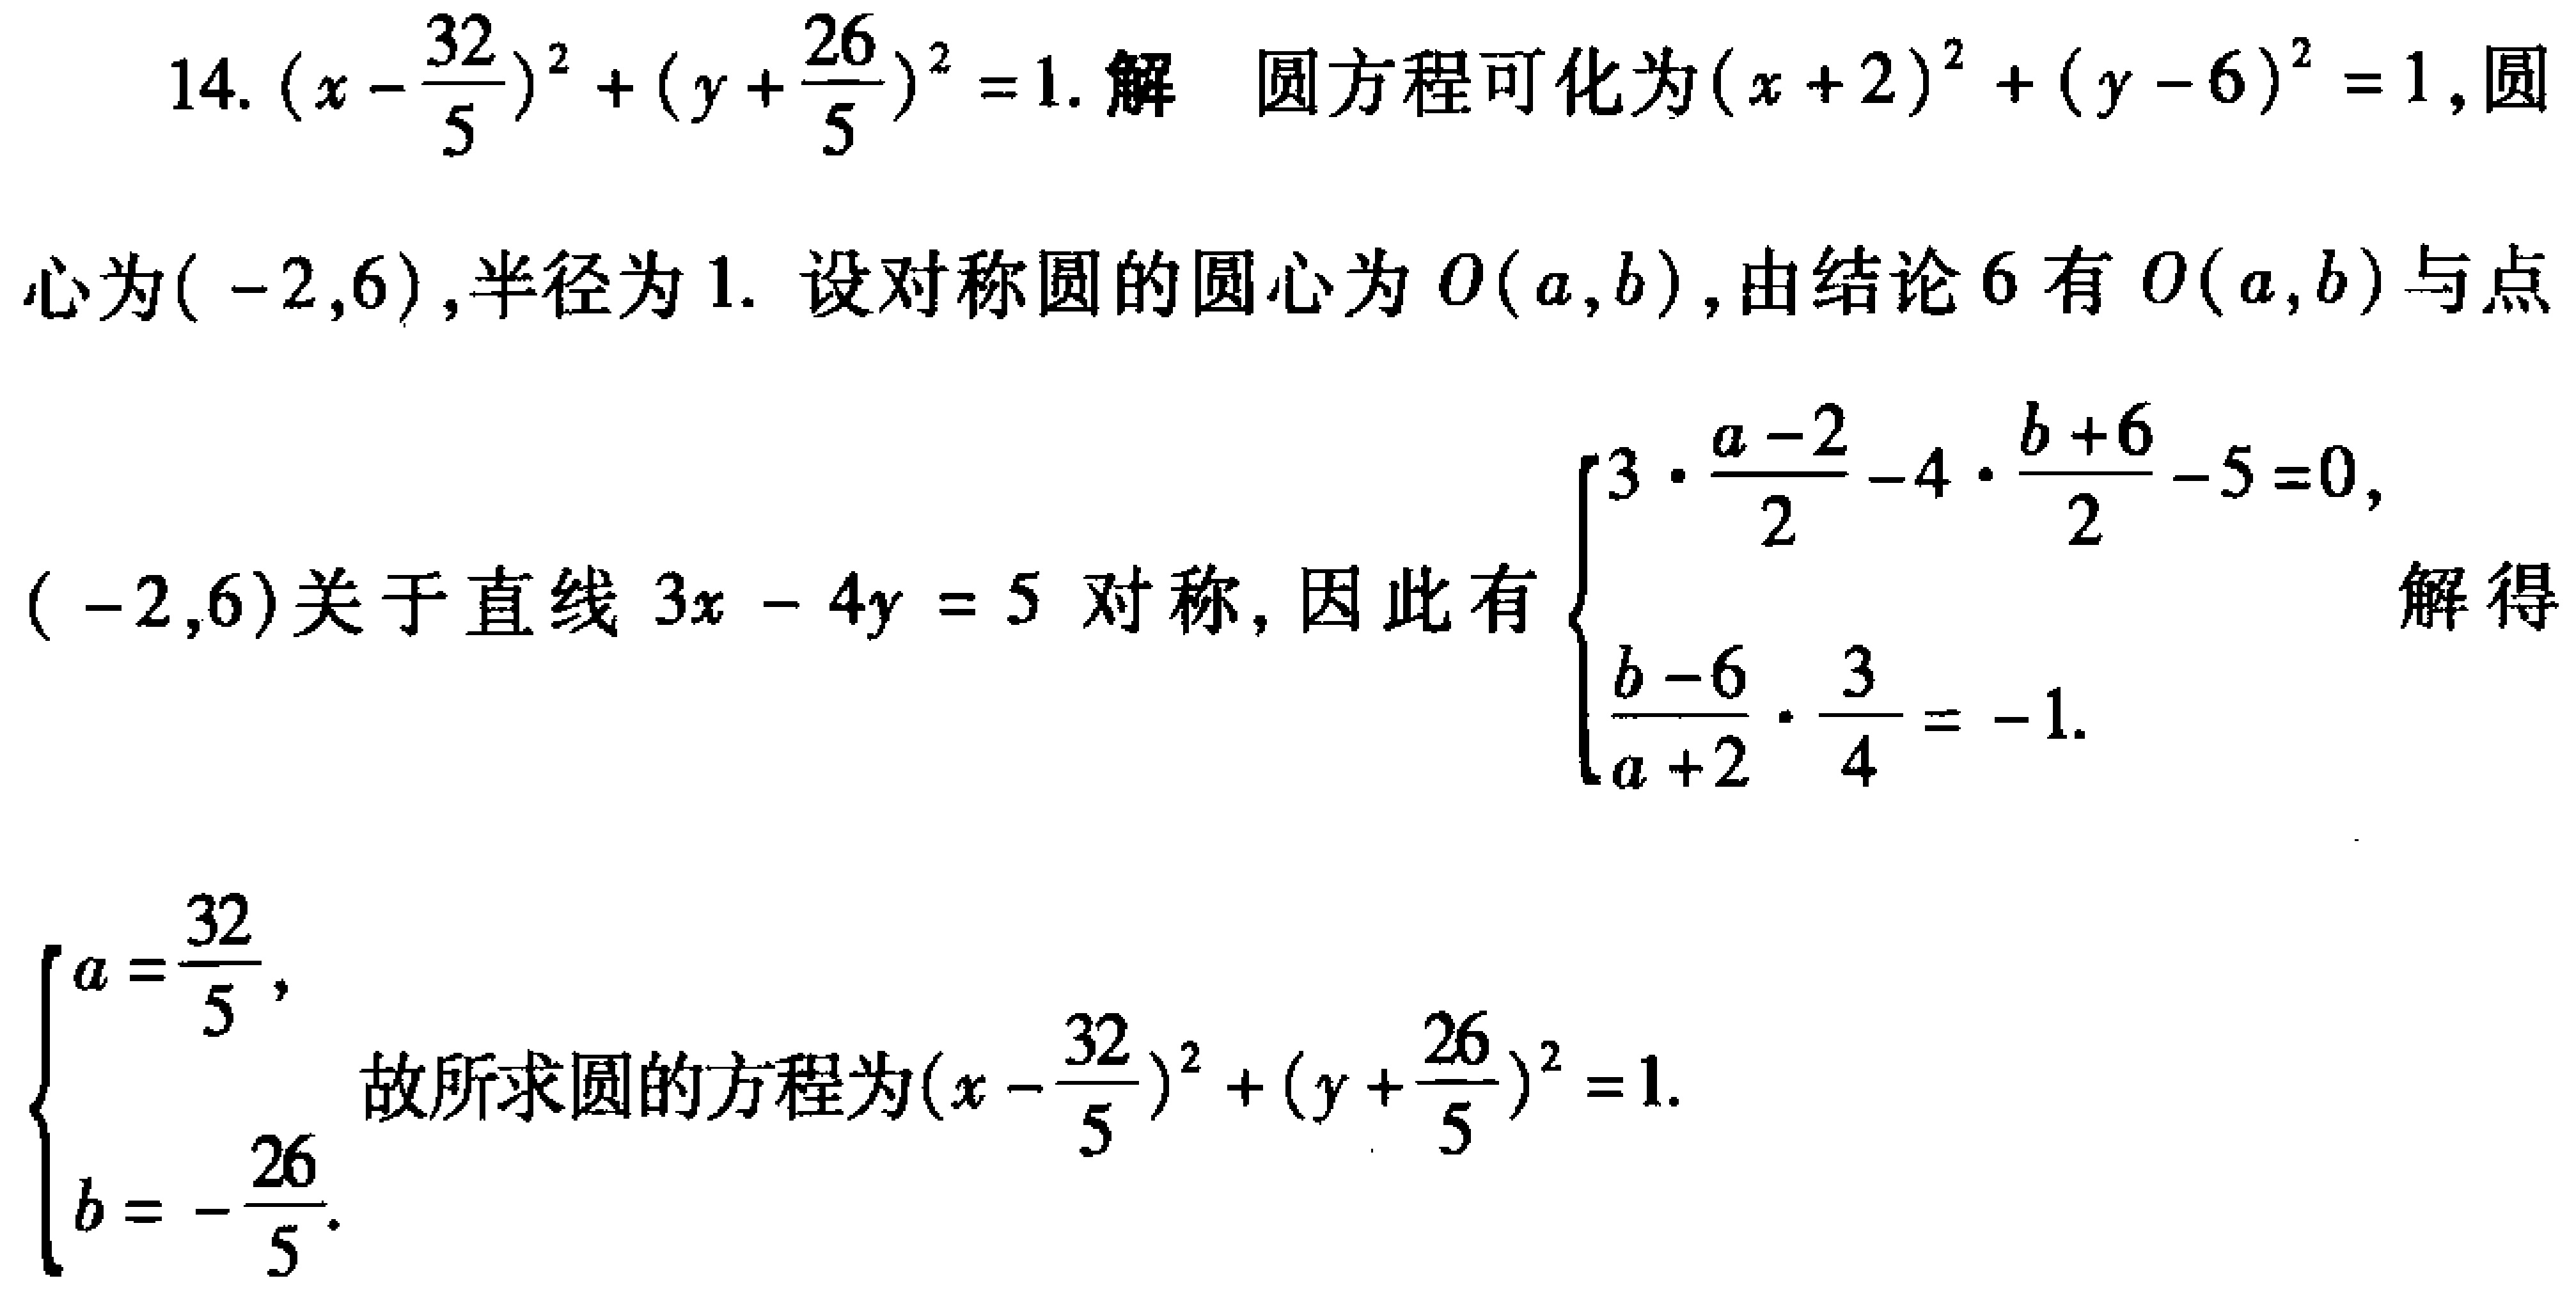
14. \((x - \frac{32}{5})^2 + (y + \frac{26}{5})^2 = 1\). 解 圆方程可化为\((x + 2)^2 + (y - 6)^2 = 1\), 圆心为\((-2,6)\), 半径为 \(1\). 设对称圆的圆心为 \(O(a,b)\), 由结论 6 有 \(O(a,b)\) 与点\((-2,6)\) 关于直线 \(3x - 4y = 5\) 对称, 因此有\(\begin{cases}3\cdot\frac{a - 2}{2}-4\cdot\frac{b + 6}{2}-5 = 0,\\\frac{b - 6}{a + 2}\cdot\frac{3}{4} = -1.\end{cases}\) 解得\(\begin{cases}a = \frac{32}{5},\\b = -\frac{26}{5}.\end{cases}\) 故所求圆的方程为\((x - \frac{32}{5})^2 + (y + \frac{26}{5})^2 = 1\).